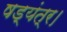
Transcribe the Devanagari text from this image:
षड्यंत्र।